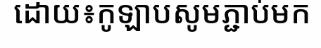
ដោយ៖កូឡាបសូមភ្ជាប់មក